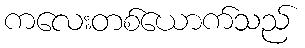
ကလေးတစ်ယောက်သည်